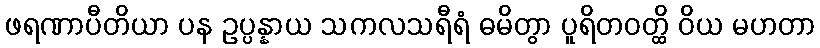
ဖရဏာပီတိယာ ပန ဥပ္ပန္နာယ သကလသရီရံ ဓမိတွာ ပူရိတဝတ္ထိ ဝိယ မဟတာ